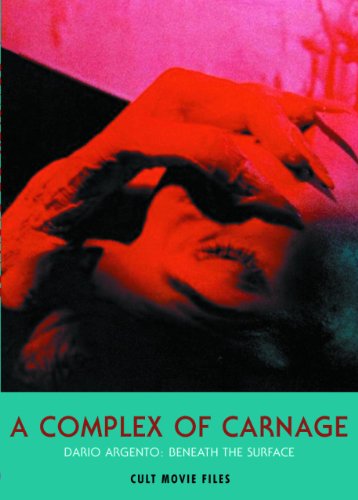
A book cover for A Complex of Carnage: Dario Argento: Beneath the Surface (CULT MOVIE FILES); Humor & Entertainment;